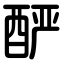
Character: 酽